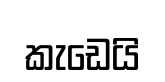
කැඩෙයි